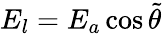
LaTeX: E_{l}=E_{a}\cos\tilde{\theta}